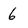
Character: 6